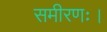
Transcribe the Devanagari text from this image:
समीरणः।